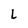
Character: L